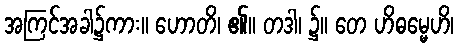
အကြင်အခါ၌ကား။ ဟောတိ၊ ၏။ တဒါ၊ ၌။ တေ ဟိဓမ္မေဟိ၊